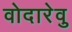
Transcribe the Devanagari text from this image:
वोदारेवु